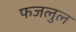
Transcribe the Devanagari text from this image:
फजलुल